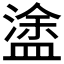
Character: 𥂋